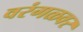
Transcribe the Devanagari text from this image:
वरंगळवर